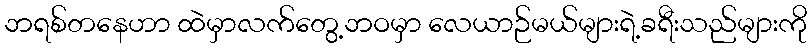
ဘရစ်တနေဟာ ထဲမှာလက်တွေ့ဘဝမှာ လေယာဉ်မယ်များရဲ့ခရီးသည်များကို